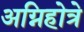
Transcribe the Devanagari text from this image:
अग्निहोत्रे